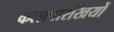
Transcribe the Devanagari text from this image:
कलापारखियों